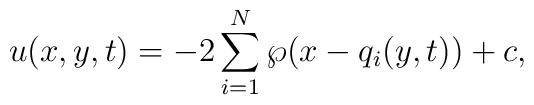
u(x,y,t)=-2\sum_{i=1}^N\wp(x-q_i(y,t))+c,